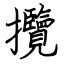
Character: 攬